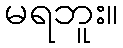
မရဘူး။